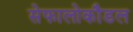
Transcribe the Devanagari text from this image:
सेफालोकौडल